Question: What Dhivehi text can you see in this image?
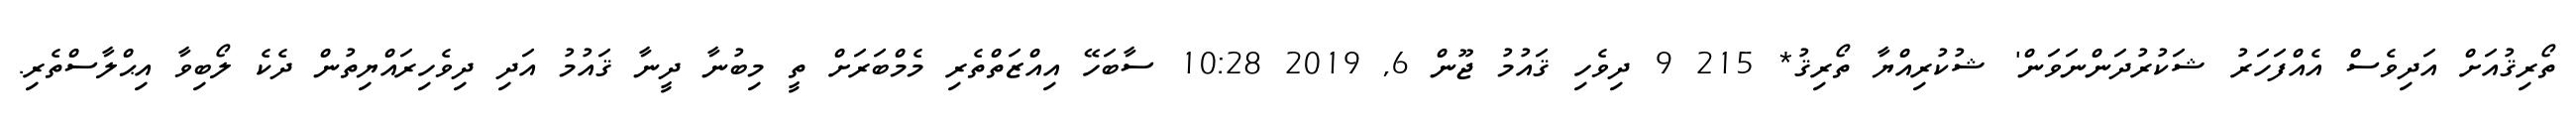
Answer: ތޯރިޤުއަށް އަދިވެސް އެއްފަހަރު ޝަކުރުދަންނަވަން' ޝުކުރިއްޔާ ތޯރިޤު* 215 9 ދިވެހި ޤައުމު ޖޫން 6, 2019 10:28 ސާބަހޭ އިއްޒަތްތެރި މެމްބަރަށް ތީ މިބުނާ ދީނާ ޤައުމު އަދި ދިވެހިރައްޔިތުން ދެކެ ލޯބިވާ އިޙްލާސްތެރި.